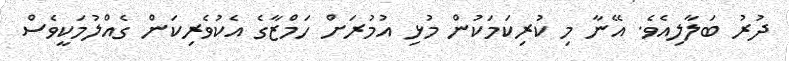
ދުރު ބަލާލިއެވެ. އޭނާ މި ކުރިކަމަކުން މުޅި އުމުރަށް ހަމްޒާގެ އެކުވެރިކަން ގެއްލުމަކީވެސް